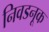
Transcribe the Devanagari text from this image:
निवडनूक